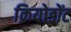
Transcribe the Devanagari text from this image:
क्रियोडोंट